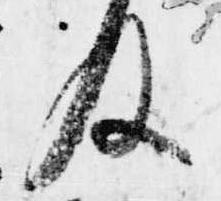
及